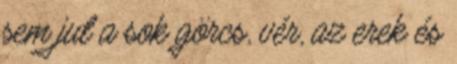
sem jut a sok görcs, vér, az erek és